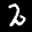
Label: 2